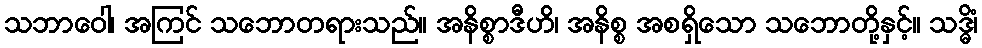
သဘာဝေါ၊ အကြင် သဘောတရားသည်။ အနိစ္စာဒီဟိ၊ အနိစ္စ အစရှိသော သဘောတို့နှင့်။ သဒ္ဓိံ၊